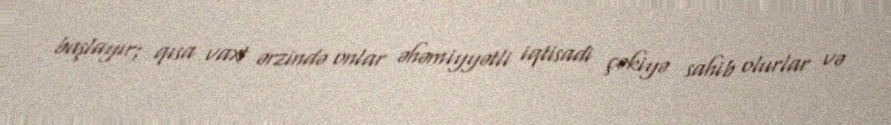
başlayır; qısa vaxt ərzində onlar əhəmiyyətli iqtisadi çəkiyə sahib olurlar və